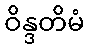
ဝိန္ဒတိမံ